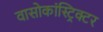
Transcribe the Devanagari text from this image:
वासोकांस्ट्रिक्टर